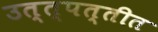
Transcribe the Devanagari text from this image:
उत्त्पत्तीत